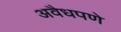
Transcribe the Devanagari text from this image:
अवैधपणे